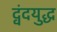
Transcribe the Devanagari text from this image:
द्वंदयुद्ध